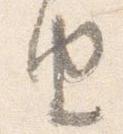
由